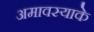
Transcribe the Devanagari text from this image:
अमावस्याके